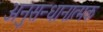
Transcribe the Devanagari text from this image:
अनुसन्धानात्मक